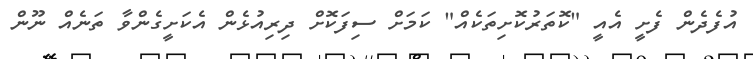
އުފެދެން ފެށީ އެއީ "ކޮތަރުކޮށިތަކެއް" ކަމަށް ސިފަކޮށް ދިރިއުޅެން އެކަށީގެންވާ ތަނެއް ނޫން